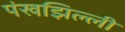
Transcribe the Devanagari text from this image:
पंखझिल्ली